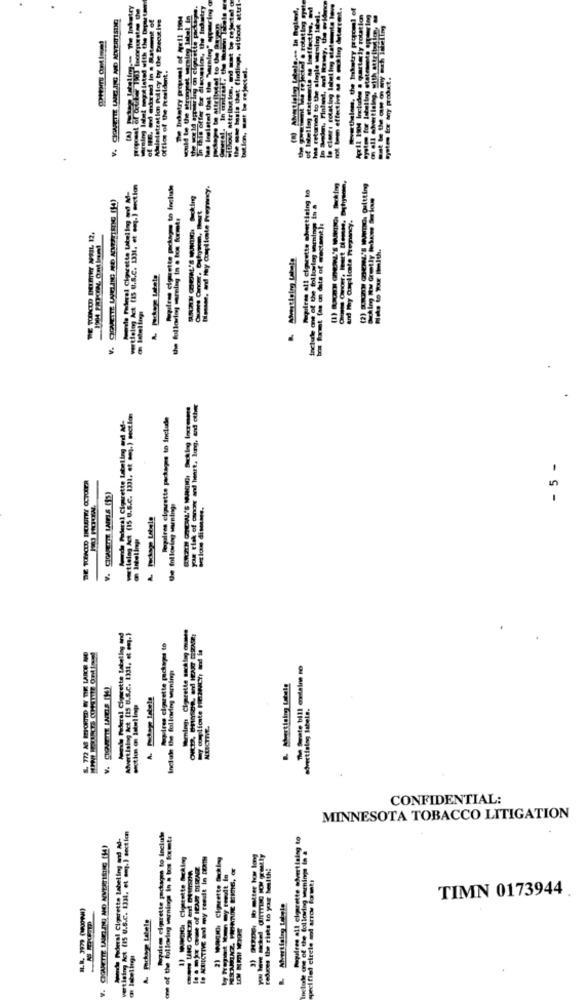
ow hals that findings, without attri
warming lehet megtisted with the Depert
Administration Policy by the Decutive
De Ikatry prussi of Hell 1904
In this offer for discussion, the Industr
Mas Irelated that the Warning" appearin
Od sttribsim, of mat be rejected
ring
on all advertising, with attrib
. the tikustry
tion, Est to rejectel.
Office of the Presta
la clears rotation
for Intu
Cogifees cigarette packages to Include
Igifree oft cigarette shvertising to
and Thy Complicate Pregnancy.
V.
yor tlak of cancer and heart, lung, and outet
Jealres cigarette packages to Include
- 5 -
Whenings Cigarette sackleg entes
Advertising bct (15 U.S.c. 1331. et .q.)
Ayuda Federal Cigarette Labeling
Pauloe cigarette paciopas to
A. Pochepe tatela
advertialing labels.
NLECTHE.
CONFIDENTIAL:
MINNESOTA TOBACCO LITIGATION
Meral Cigarette labeling und M-
vertising Act (15 U.S.c. 1334, et amp. ) section
Marlies elgrette packages to Include
one of the following warnings in a bos formats
IS NOICTIVE and my reest in DERTM
219 CImette lacking
peci fied circle and arros format!
TIMN 0173944